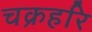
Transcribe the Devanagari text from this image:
चक्रहरि